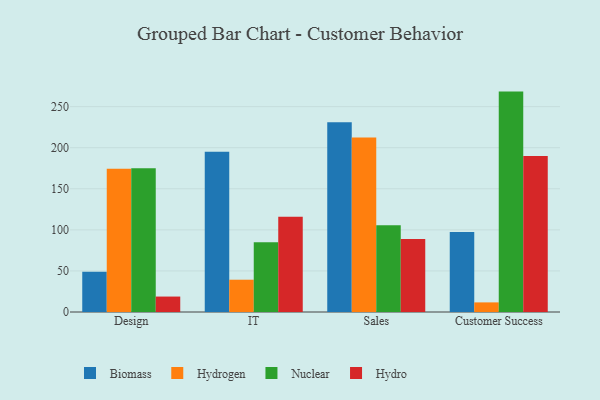
{"axis": {"x": "Department", "y": "Waste Production (Tons)"}, "legend": ["Biomass", "Hydro", "Hydrogen", "Nuclear"], "data": [{"x": "Design", "y": 49.1, "type": "Biomass"}, {"x": "Design", "y": 174.5, "type": "Hydrogen"}, {"x": "Design", "y": 175.0, "type": "Nuclear"}, {"x": "Design", "y": 18.8, "type": "Hydro"}, {"x": "IT", "y": 195.2, "type": "Biomass"}, {"x": "IT", "y": 39.3, "type": "Hydrogen"}, {"x": "IT", "y": 84.9, "type": "Nuclear"}, {"x": "IT", "y": 115.8, "type": "Hydro"}, {"x": "Sales", "y": 231.0, "type": "Biomass"}, {"x": "Sales", "y": 212.5, "type": "Hydrogen"}, {"x": "Sales", "y": 105.5, "type": "Nuclear"}, {"x": "Sales", "y": 88.8, "type": "Hydro"}, {"x": "Customer Success", "y": 97.3, "type": "Biomass"}, {"x": "Customer Success", "y": 11.7, "type": "Hydrogen"}, {"x": "Customer Success", "y": 268.3, "type": "Nuclear"}, {"x": "Customer Success", "y": 189.9, "type": "Hydro"}]}